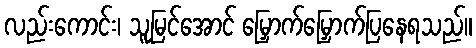
လည်းကောင်း၊ သူမြင်အောင် မြှောက်မြှောက်ပြနေရသည်။